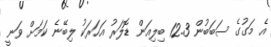
އެ މަގުގެ ސަބަބުން 12.3 ބިލިއަން ޑޮލަރު އަހަރަކު ލިބޭނެ ކަމަށް ވަނީ